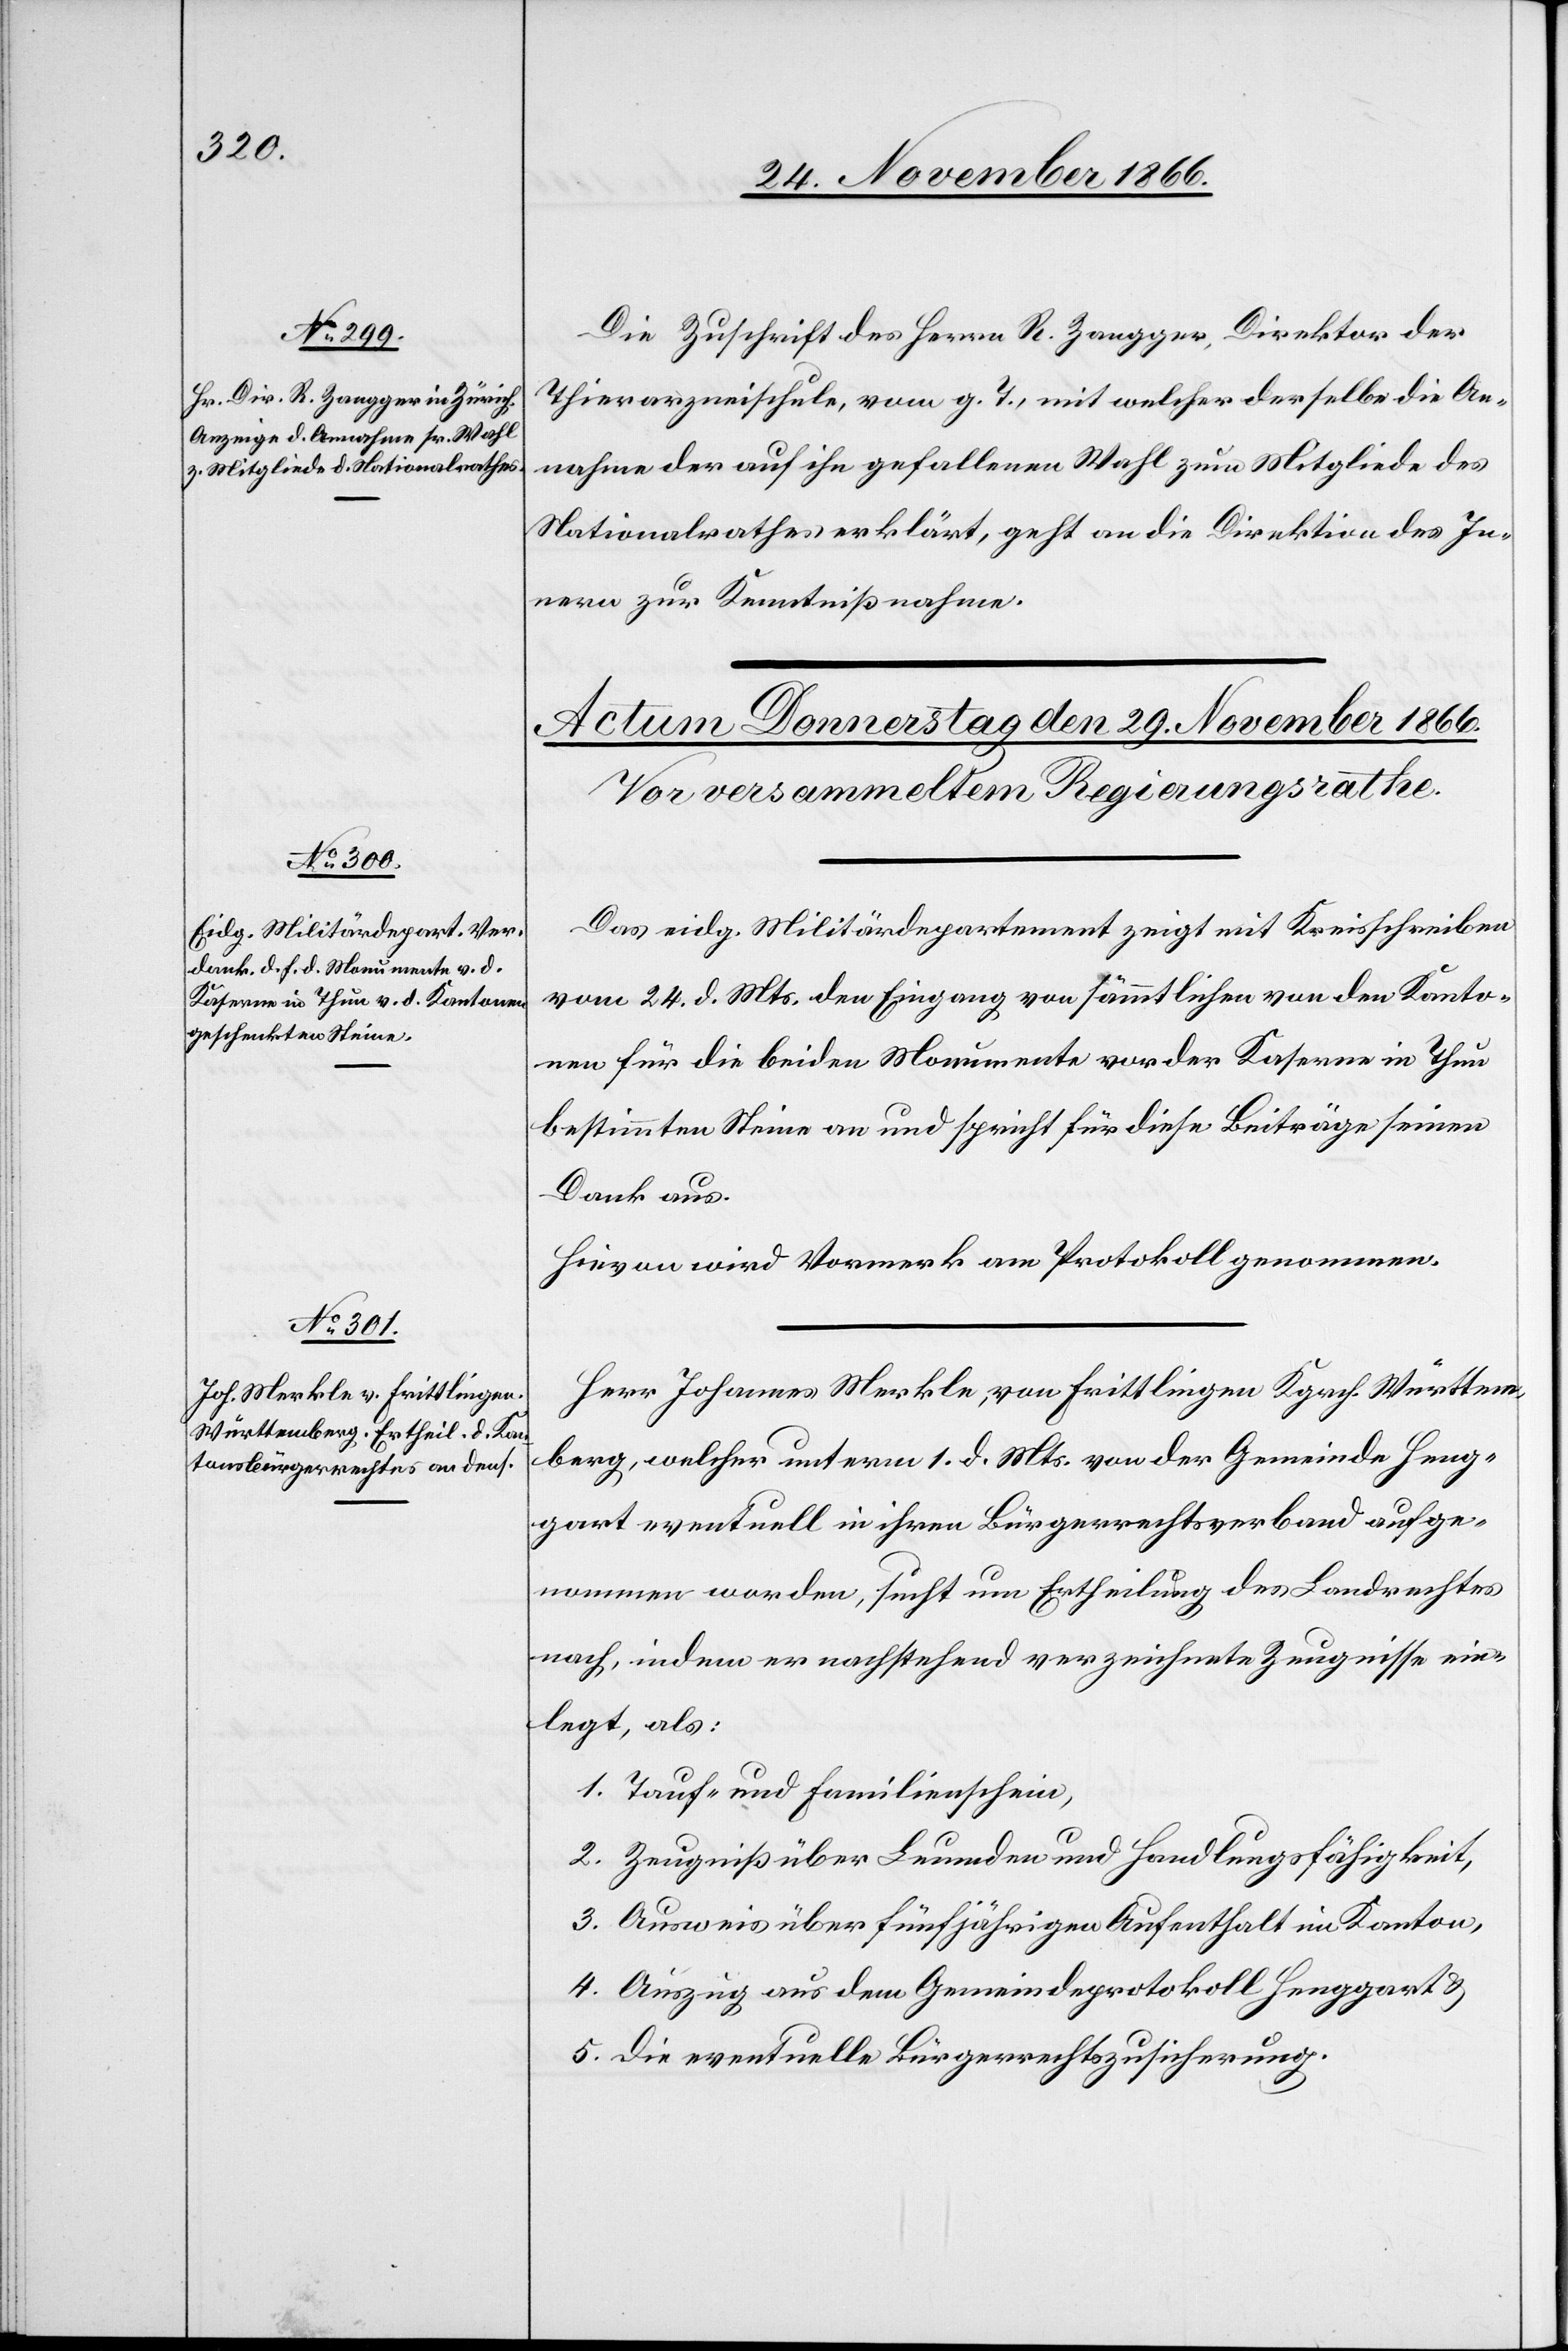
Die Zuschrift des Herrn R. Zangger, Direktor der
Thierarzneischule, vom g. T., mit welcher derselbe die An¬
nahme der auf ihn gefallenen Wahl zum Mitgliede des
Nationalrathes erklärt, geht an die Direktion des In¬
nern zur Kenntnißnahme.
Das eidg. Militärdepartement zeigt mit Kreisschreiben
vom 24. d. Mts. den Eingang von sämmtlichen von den Kanto¬
nen für die beiden Monumente vor der Kaserne in Thun
bestimmten Steine an und spricht für diese Beiträge seinen
Dank aus.
Hievon wird Vormerk am Protokoll genommen.
Herr Johannes Merkle, von Frittlingen Kgrch. Württem¬
berg, welcher unterm 1. d. Mts. von der Gemeinde Heng¬
gart eventuell in ihren Bürgerrechtsverband aufge¬
nommen worden, sucht um Ertheilung des Landrechtes
nach, indem er nachstehend verzeichnete Zeugnisse ein¬
legt, als:
1. Tauf- und Familienschein,
2. Zeugniß über Leumden und Handlungsfähigkeit,
3. Ausweis über fünfjährigen Aufenthalt im Kanton,
4. Auszug aus dem Gemeindeprotokoll Henggart &
5. Die eventuelle Bürgerrechtszusicherung.